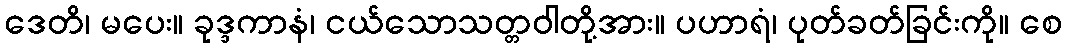
ဒေတိ၊ မပေး။ ခုဒ္ဒကာနံ၊ ငယ်သောသတ္တဝါတို့အား။ ပဟာရံ၊ ပုတ်ခတ်ခြင်းကို။ စေ